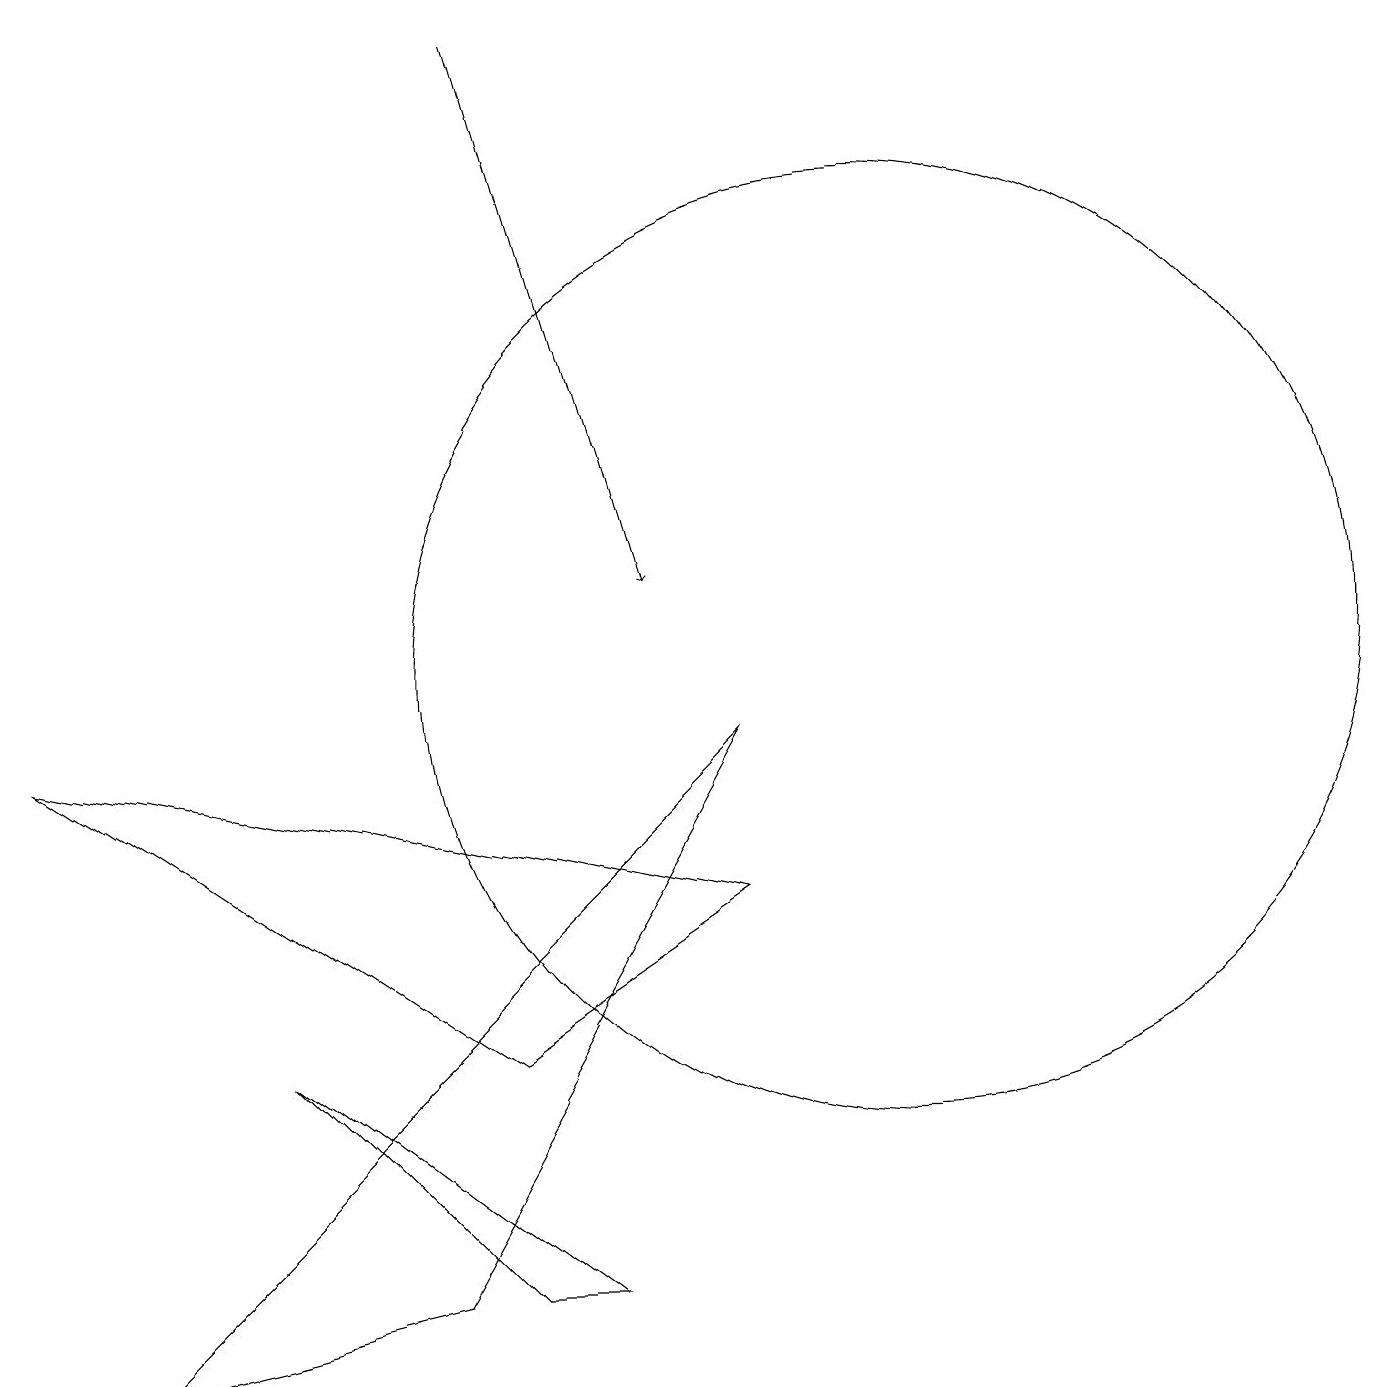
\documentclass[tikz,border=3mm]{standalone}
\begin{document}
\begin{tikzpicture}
\draw (3,5) -- (6,2) -- (7,2) -- cycle;
\draw (11,10) circle (6);
\draw (9,7) -- (0,9) -- (6,5) -- cycle;
\draw (5,2) -- (1,1) -- (9,9) -- cycle;
\draw[->] (6,18) -- (8,11);
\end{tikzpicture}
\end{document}